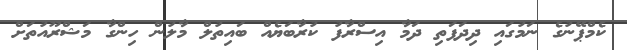
ކެމްޕޭނުގެ ނަމުގައި ދިދަފަތި ދަމާ އިސްރާފު ކުރާބަޔެއް ބައިތުލް މާލުން ހިންގާ މަޝްރޫއުތަށް